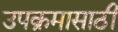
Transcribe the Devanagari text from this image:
उपक्रमासाठी